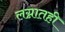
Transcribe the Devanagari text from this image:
लग्नातही